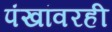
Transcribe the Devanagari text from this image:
पंखांवरही